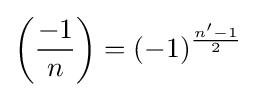
\left({\frac {-1}{n}}\right)=(-1)^{\frac {n'-1}{2}}